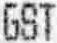
GST